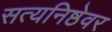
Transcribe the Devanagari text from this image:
सत्यनिष्ठेवर